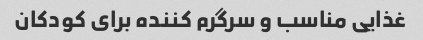
غذایی مناسب و سرگرم کننده برای کودکان